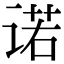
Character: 诺